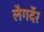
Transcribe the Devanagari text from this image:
लैगर्देर